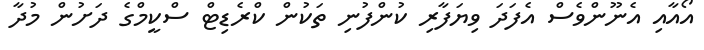
އޯއާއި އެނޫންވެސް އެފަދަ ވިޔަފާރި ކުންފުނި ތަކުން ކްރެޑިޓް ސްކީމްގެ ދަށުން މުދާ